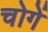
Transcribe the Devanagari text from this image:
चोगें